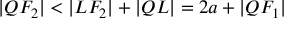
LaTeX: | Q F _ { 2 } | < | L F _ { 2 } | + | Q L | = 2 a + | Q F _ { 1 } |